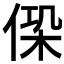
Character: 𠋕